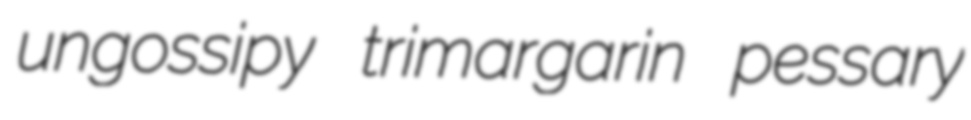
ungossipy trimargarin pessary